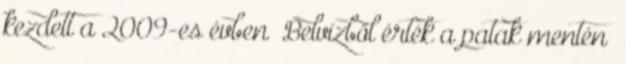
kezdett a 2009-es évben „Belvízből érték a patak mentén”